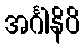
အင်္ဂါနိပိ